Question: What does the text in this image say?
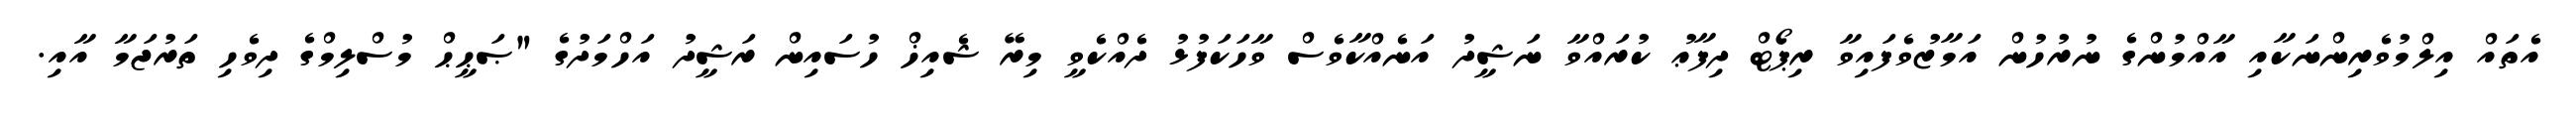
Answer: އެތައް އިލްމުވެރިންނަކާއި އާއްމުންގެ ނުރުހުން އަމާޒުވެފައިވާ ރިޕޯޓް ދިފާޢު ކުރައްވާ ނަޝީދު އަނެއްކާވެސް ވާހަކަފުޅު ދެއްކެވީ މިރޭ ޝެއިޚް ހުސައިން ރަޝީދު އަހްމަދުގެ "ޞަޙީޙް މުސްލިމްގެ ދިވެހި ތަރުޖަމާ އާއި.